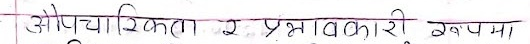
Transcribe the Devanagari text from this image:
औपचारिकता र प्रभावकारी रूपमा